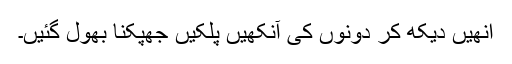
انھیں دیکھ کر دونوں کی آنکھیں پلکیں جھپکنا بھول گئیں۔